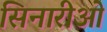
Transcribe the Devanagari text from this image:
सिनारीओ